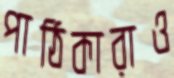
পাঠিকারাও